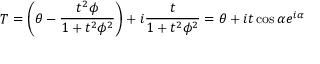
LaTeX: T = \left( \theta - \frac { t ^ { 2 } \phi } { 1 + t ^ { 2 } \phi ^ { 2 } } \right) + i \frac { t } { 1 + t ^ { 2 } \phi ^ { 2 } } = \theta + i t \cos \alpha e ^ { i \alpha }